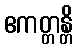
ဧကတ္တန္တိ